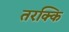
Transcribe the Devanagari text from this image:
तरक्कि